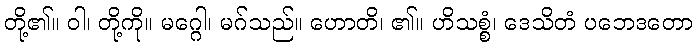
တို့၏။ ဝါ၊ တို့ကို။ မဂ္ဂေါ၊ မဂ်သည်။ ဟောတိ၊ ၏။ ဟိသစ္စံ၊ ဒေသိတံ ပဘေဒတော